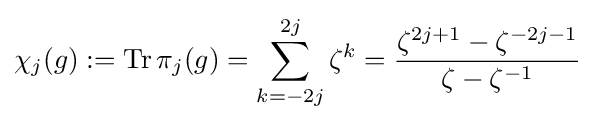
\chi _{j}(g):={\rm {Tr}}\,\pi _{j}(g)=\sum _{k=-2j}^{2j}\zeta ^{k}={\zeta ^{2j+1}-\zeta ^{-2j-1} \over \zeta -\zeta ^{-1}}